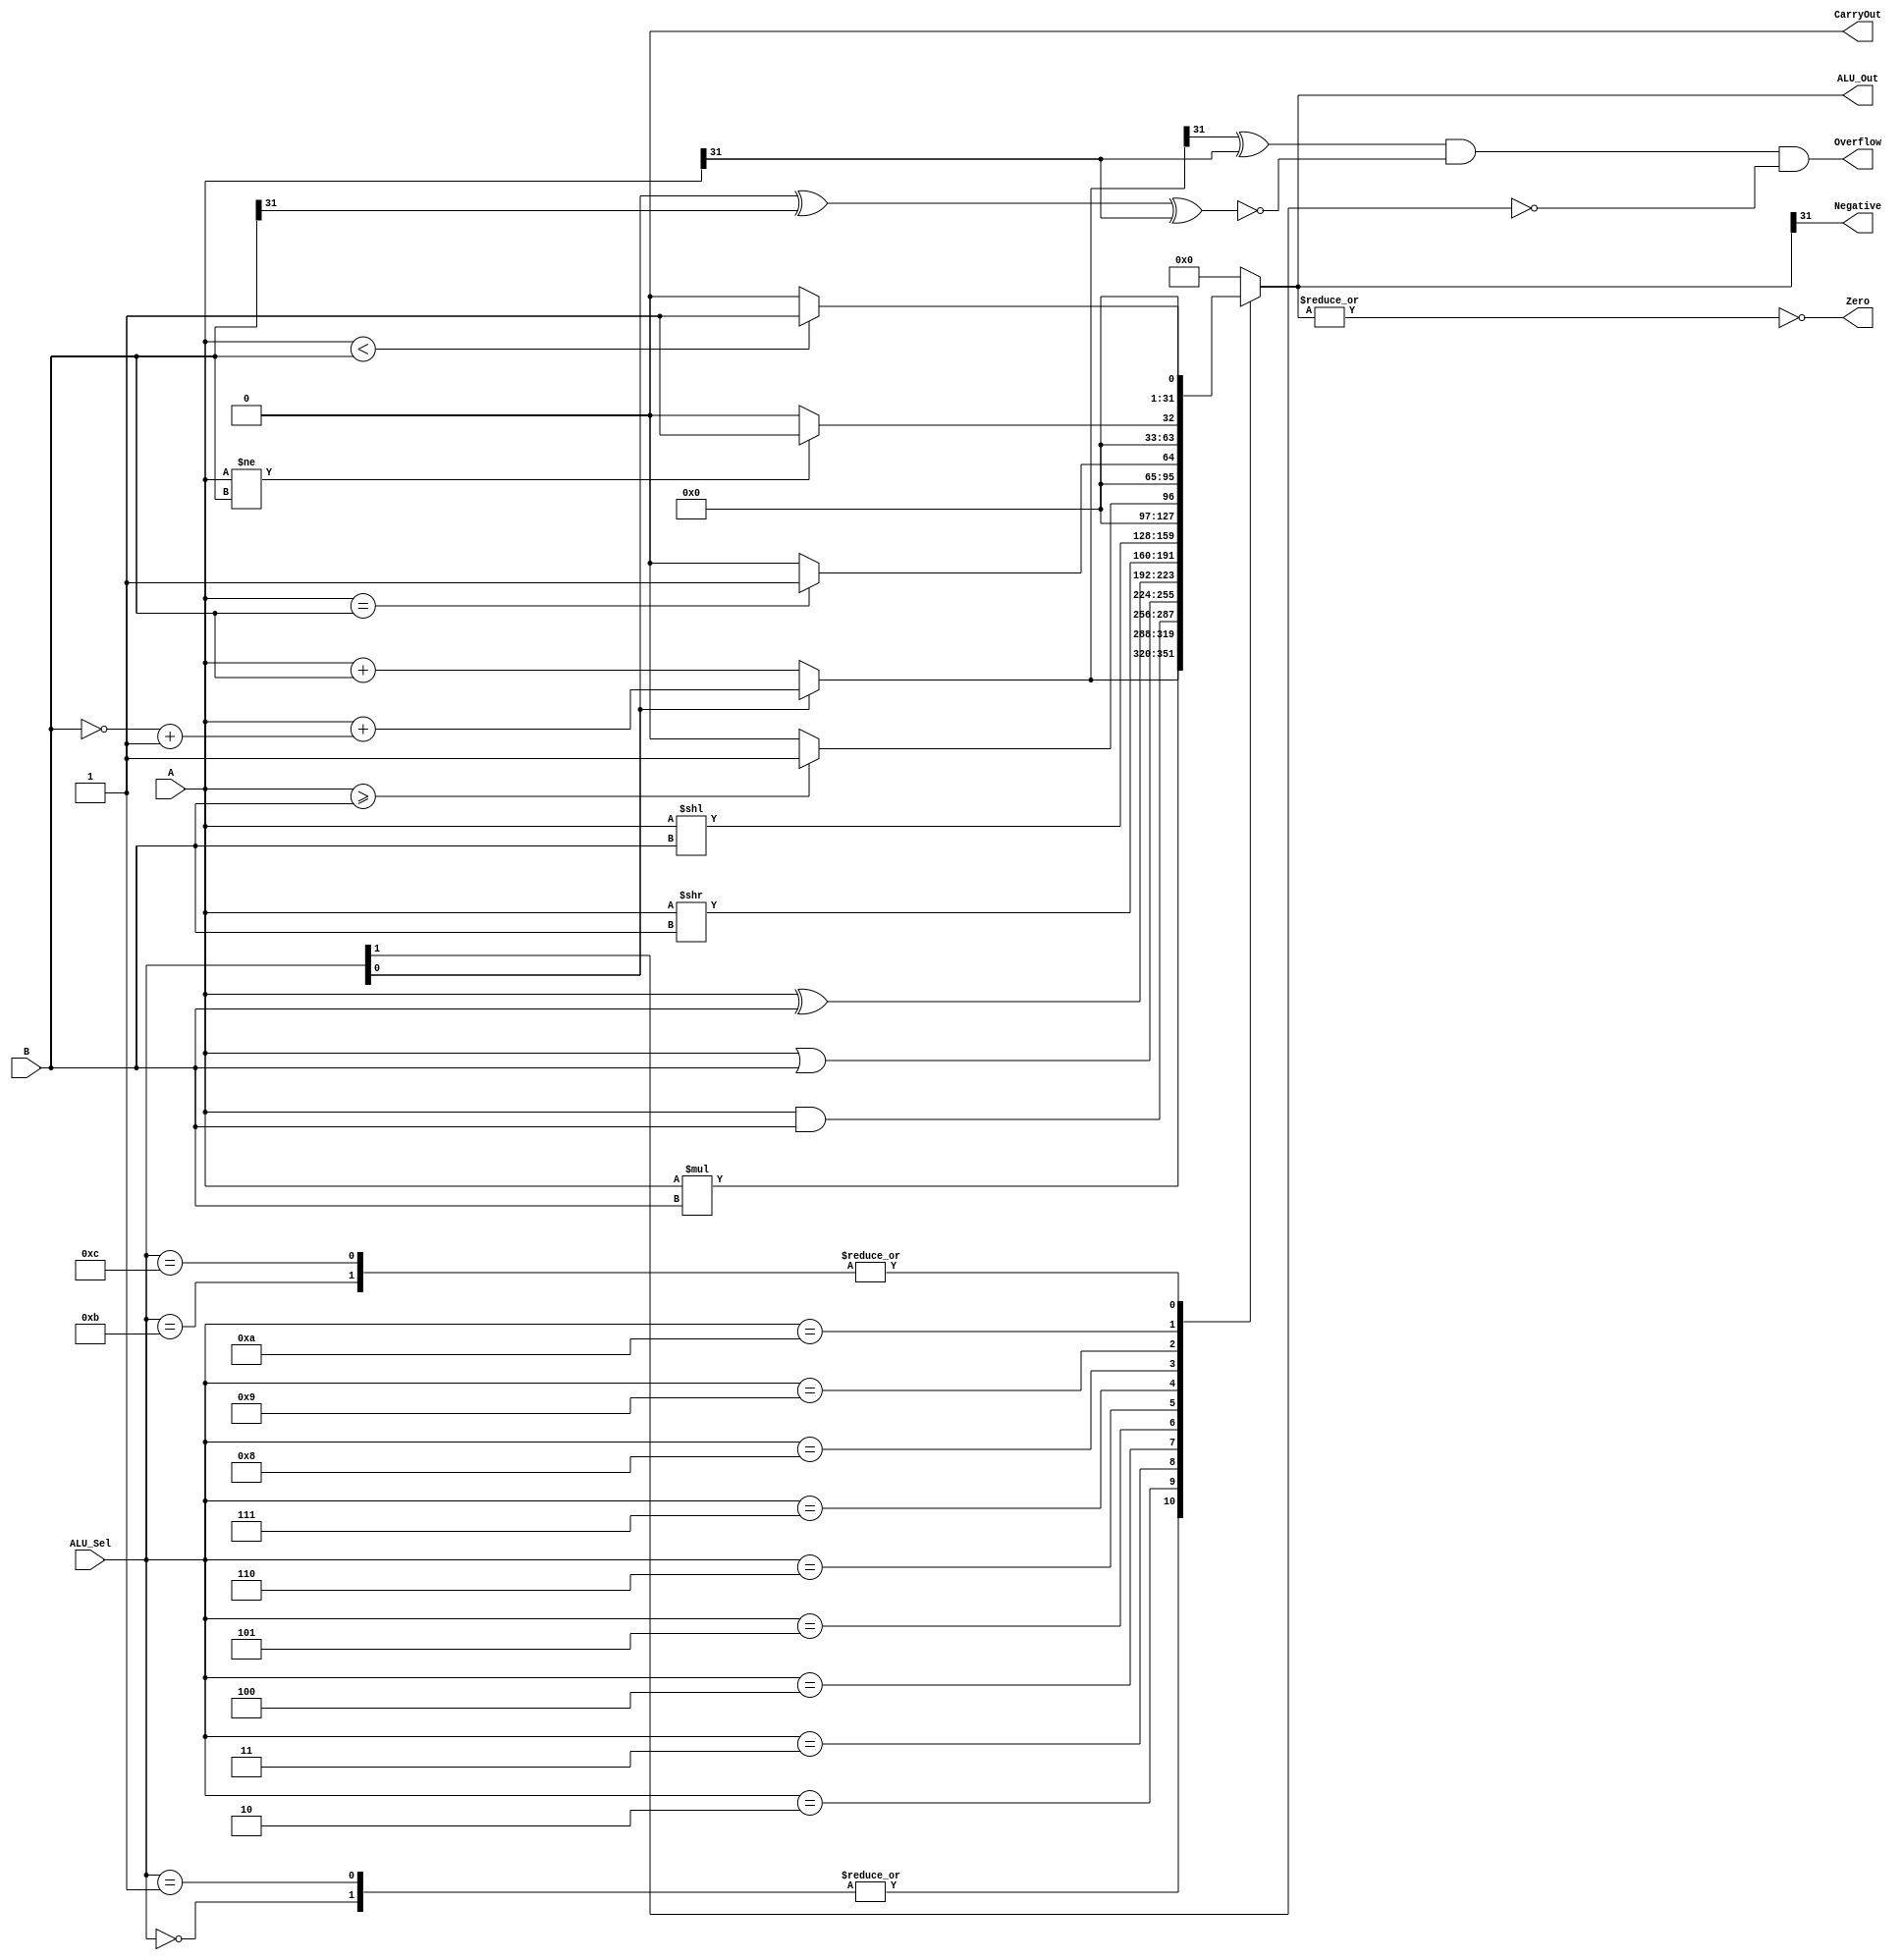
`timescale 1ns / 1ps
//////////////////////////////////////////////////////////////////////////////////
// Company: 
// Engineer: 
// 
// Design Name: 
// Module Name: ALU
// Project Name: 
// Target Devices: 
// Tool Versions: 
// Description: 
// 
// Dependencies: 
// 
// Revision:
// Revision 0.01 - File Created
// Additional Comments:
// 
//////////////////////////////////////////////////////////////////////////////////


// ALU 1
module ALU(
    input [31:0] A, B,       // ALU 32-bit Inputs                 
    input [5:0] ALU_Sel,     // ALU Selection
    
    output reg [31:0] ALU_Out,   // ALU 32-bit Output
    output reg CarryOut,         // Carry Out Flag
    output reg Zero,             // Zero Flag
    output reg Negative,         // Negative Flag
    output reg Overflow          // Overflow Flag
);
    reg Cout;
    wire [31:0]Sum;


    assign Sum = (ALU_Sel[0] == 1'b0) ? A + B : //ARITHMETIC ADITION
                               (A + ((~B)+1)) ; //ARITHMETIC SUBTRACTION using 2's compliment
    
    always @(*)
    begin
        case ( ALU_Sel )
            6'b000000: 
                ALU_Out =  Sum ;                            //ARITHMETIC ADITION
            6'b000001: 
                ALU_Out =  Sum ;                            //ARITHMETIC SUBTRACTION using 2's compliment
            6'b000010: 
                ALU_Out =  A * B;                            //ARITHMETIC Multiplication
            6'b000011: 
                ALU_Out = A & B ;                           // bitwise and  
            6'b000100: 
               ALU_Out = A | B ;                           // bitwise or
            6'b00101: 
                ALU_Out = A ^ B ;                           // bitwise XOR
            6'b000110:
                ALU_Out = A >> B ;                          // Logical shift right B times
            6'b000111:
                ALU_Out = A << B ;                          // Logical shift right B times
            6'b001000: 
                ALU_Out = (A >= B) ? 32'd1 : 32'd0;          // Greater equal comparison
            6'b001001: 
                ALU_Out = (A == B) ? 32'd1 : 32'd0;         // Equal comparison
            6'b001010: 
                ALU_Out = (A != B) ? 32'd1 : 32'd0;         // Not Equal comparison
            6'b001011: 
                ALU_Out = (A < B) ? 32'd1 : 32'd0;          // Less Then comparison
            6'b001100:
               ALU_Out  = (A < B) ? 32'd1 : 32'd0; //slt, set less then
            6'b111111:
               { Cout, ALU_Out } = {{33{1'b0}}} ;          //Ecall = Ebreak = end
            default: 
                {Cout, ALU_Out} = {33{1'b0}};                //Nothing            
        
        endcase
        Overflow = ((Sum[31] ^ A[31]) & (~(ALU_Sel[0] ^ B[31] ^ A[31])) & (~ALU_Sel[1]));
        
        CarryOut = ((~ALU_Sel[1]) & Cout);
        Zero = ~|ALU_Out;
        Negative = ALU_Out[31];
     end                 


endmodule